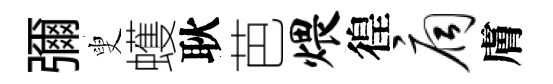
彌叟蠖耿芭煨徨扃膚